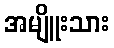
အမျိူးသား